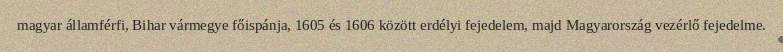
magyar államférfi, Bihar vármegye főispánja, 1605 és 1606 között erdélyi fejedelem, majd Magyarország vezérlő fejedelme.